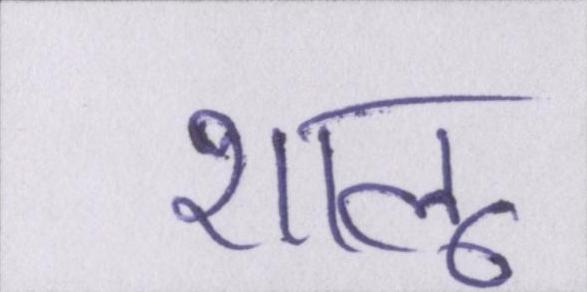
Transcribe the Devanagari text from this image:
शालू